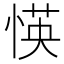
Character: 愥